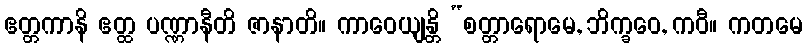
ဧတ္တကာနိ ဧတ္ထ ပဏ္ဏာနီတိ ဇာနာတိ။ ကာဝေယျန္တိ “စတ္တာရောမေ, ဘိက္ခဝေ, ကဝီ။ ကတမေ